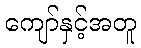
ကျော်နှင့်အတူ